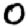
Digit: 0